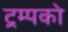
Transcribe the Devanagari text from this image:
ट्रम्पको